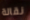
نقالة